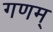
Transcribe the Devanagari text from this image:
गणम्